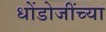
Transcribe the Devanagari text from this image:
धोंडोजींच्या